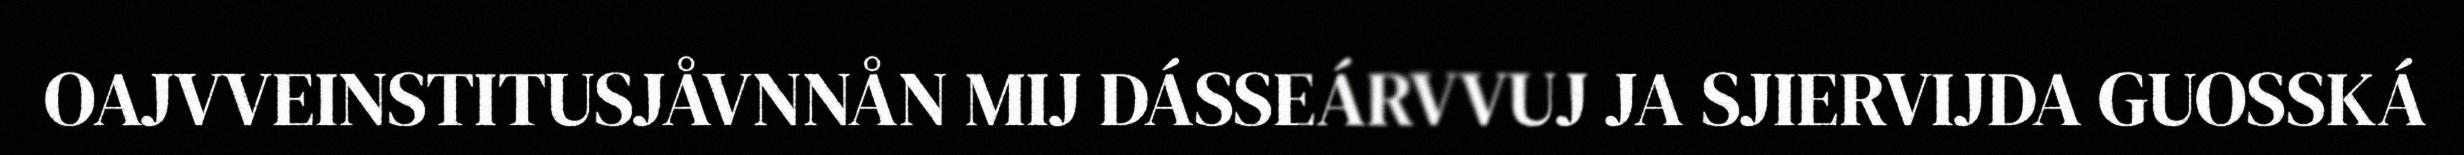
OAJVVEINSTITUSJÅVNNÅN MIJ DÁSSEÁRVVUJ JA SJIERVIJDA GUOSSKÁ